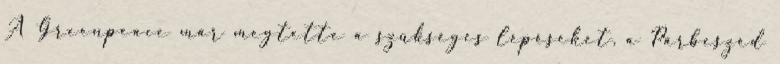
A Greenpeace már megtette a szükséges lépéseket, a Párbeszéd